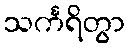
သင်္ကရိတွာ